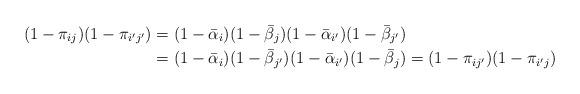
LaTeX: \begin{align*}(1-\pi_{ij})(1-\pi_{i'j'}) &= (1 - \bar\alpha_i)(1 - \bar\beta_j)(1 - \bar\alpha_{i'})(1 - \bar\beta_{j'})\\& = (1 - \bar\alpha_i)(1 - \bar\beta_{j'})(1 - \bar\alpha_{i'})(1 - \bar\beta_j) = (1-\pi_{ij'})(1-\pi_{i'j})\end{align*}